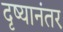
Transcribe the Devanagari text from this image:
दृष्यानंतर